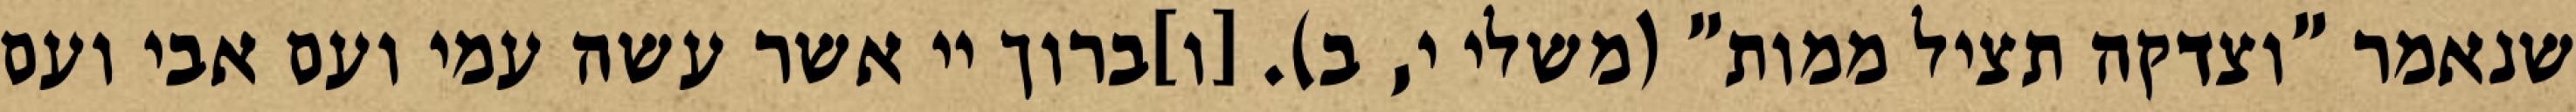
שנאמר "וצדקה תציל ממות" (משלי י, ב). [ו]ברוך יי אשר עשה עמי ועם אבי ועם